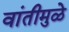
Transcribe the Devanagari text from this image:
वांतीमुळे